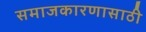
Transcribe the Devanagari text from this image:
समाजकारणासाठी